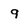
Character: q